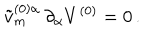
LaTeX: \tilde { v } _ { m } ^ { ( 0 ) \alpha } \, \partial _ { \alpha } V ^ { ( 0 ) } = 0 \, .